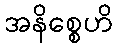
အနိစ္စေဟိ